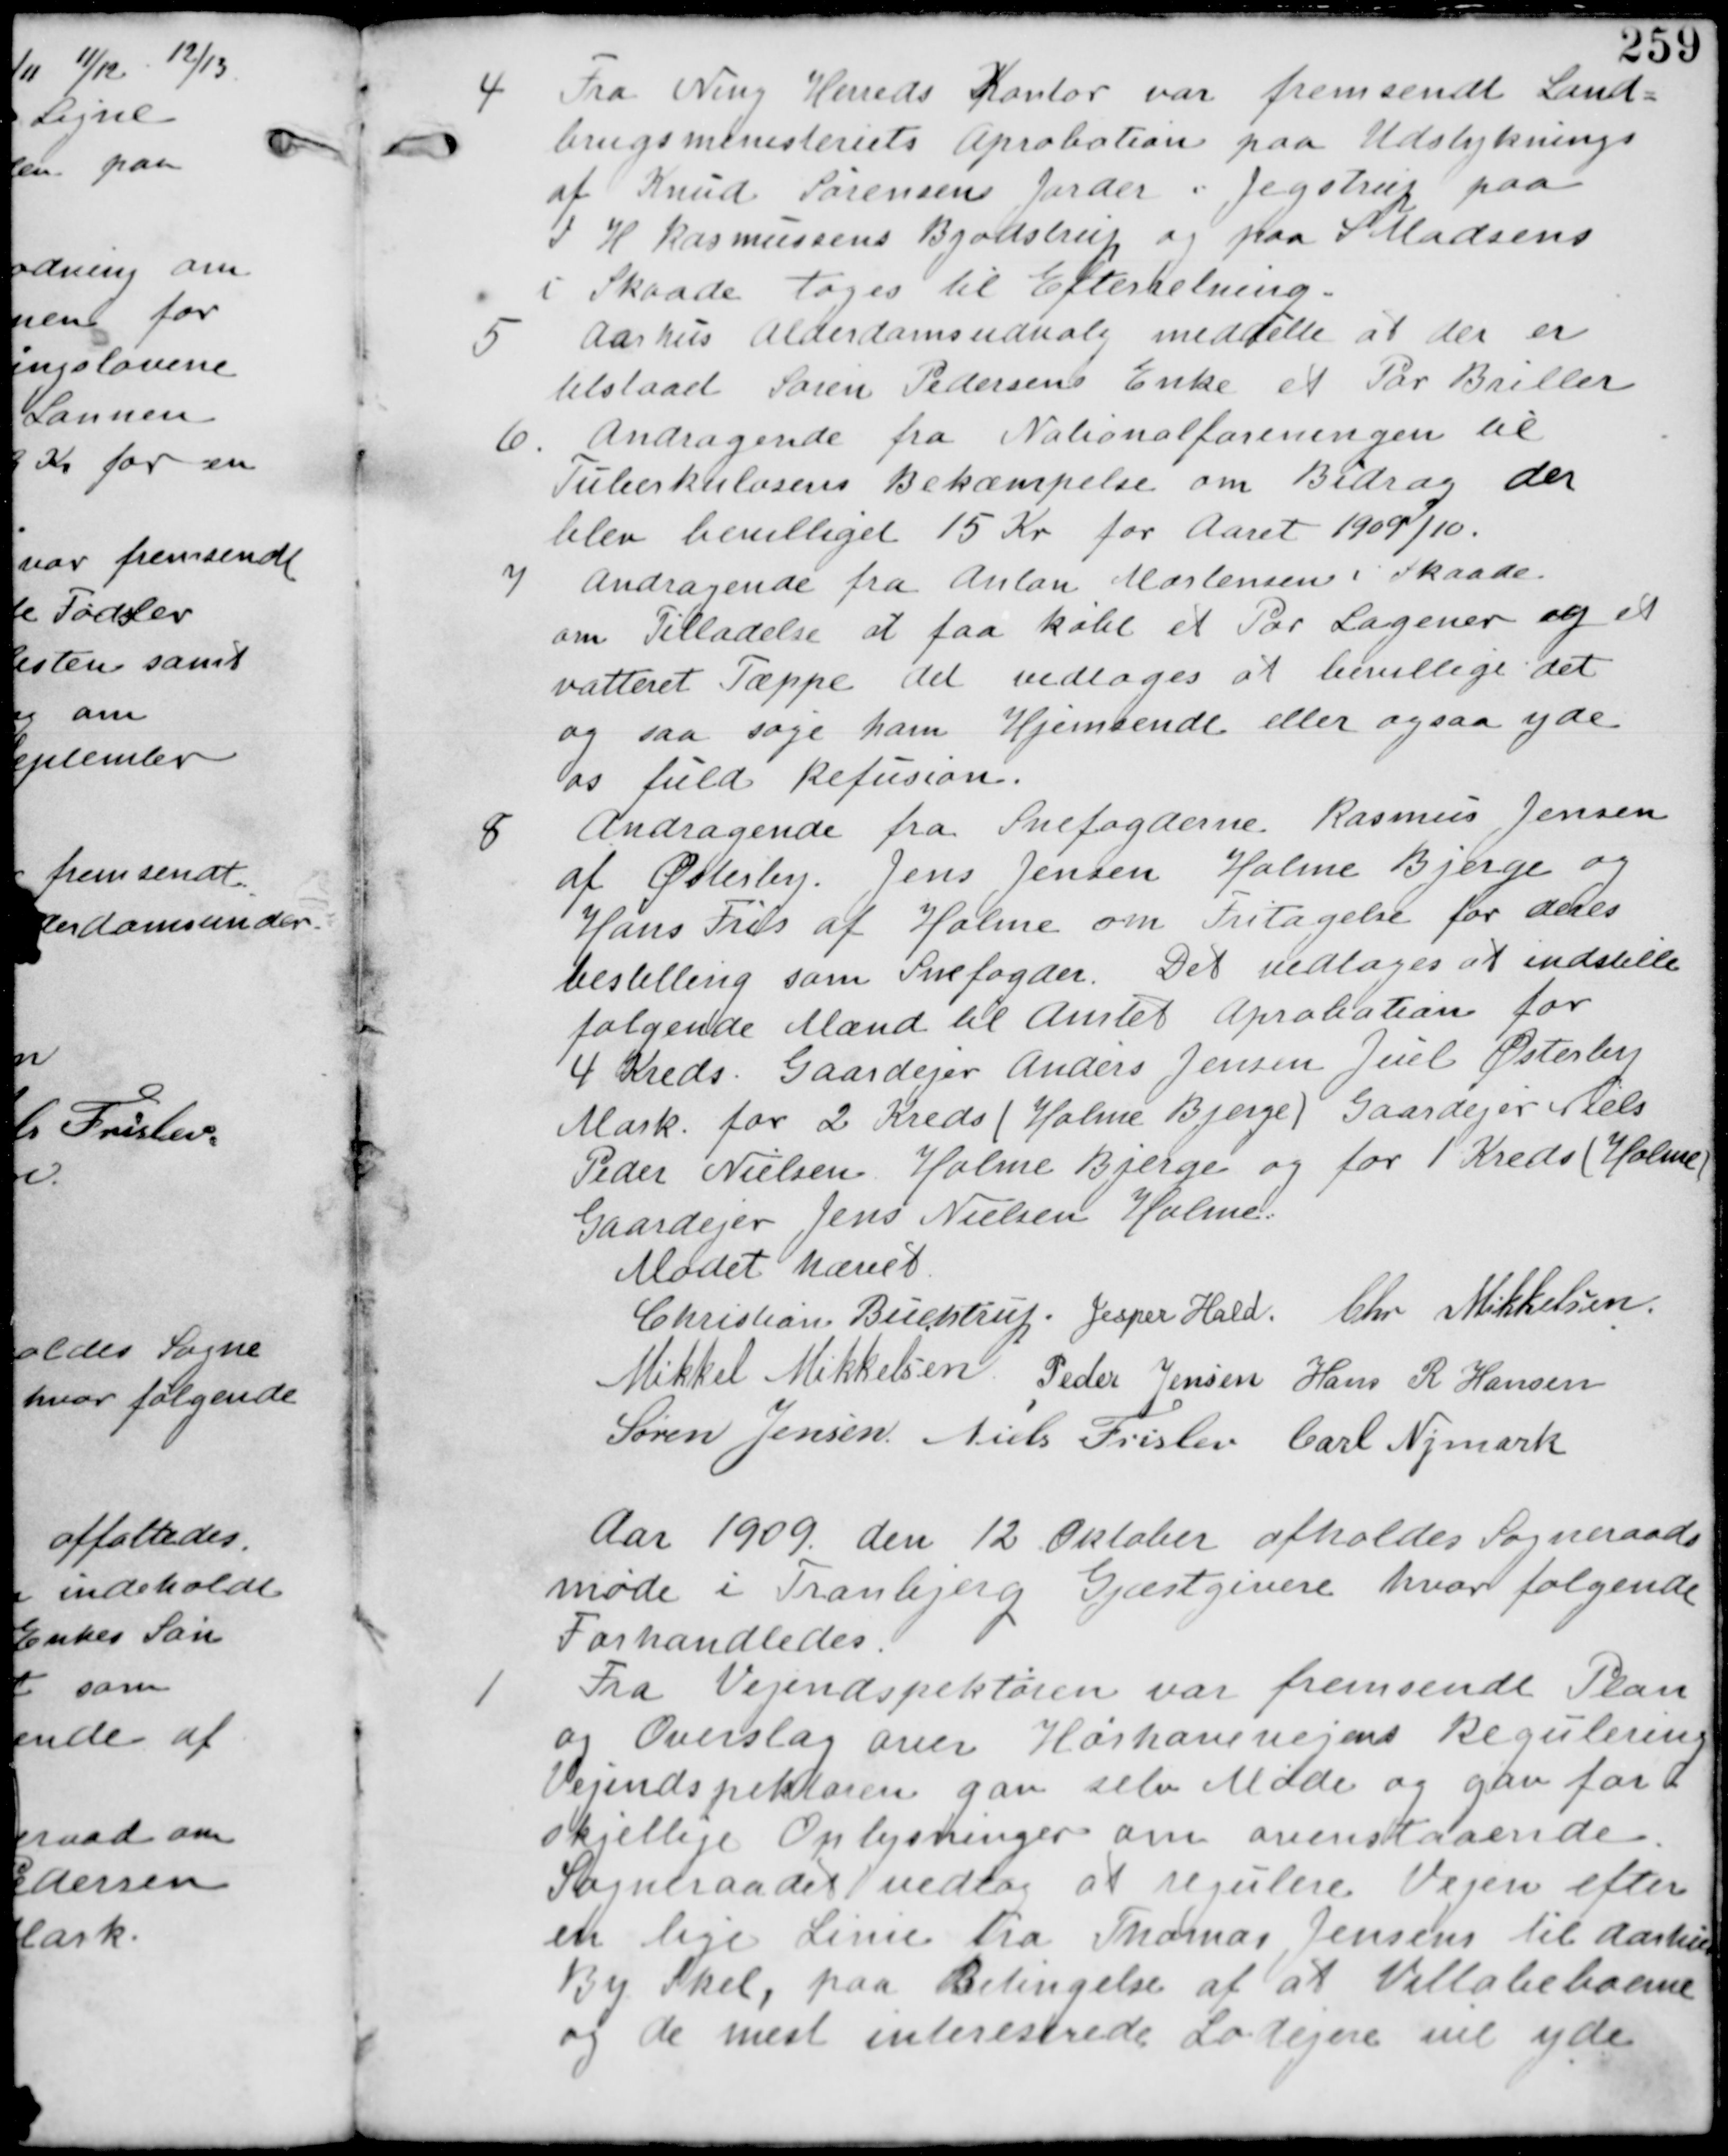
Transskription:
4
Fra Ning Herreds Kontor var fremsendt Land-
brugsministeriets Aprobation paa Udstykning
af Knud Sørensens Jorder i Jegstrup paa
I H Rasmussens Bjødstrup og paa S Madsens
i Skaade tages til Efterretning.

5 Aarhus Alderdomsudvalg meddelte at der er
tilstaaet Søren Pedersens Enke et Par Briller

6. Andragende fra Nationalforeningen til
Tuberkulosens Bekæmpelse om Bidrag der
blev bevilliget 15 Kr for Aaret 109/10.

7 Andragende fra Anton Mortensen i Skaade
om Tilladelse at faa købe et par Lagener og et
vatteret Tæppe det vedtages at bevillige det
og saa søge ham Hjemsendt eller ogsaa yde
os fuld Refusion.

8 Andragende fra Snefogederne Rasmus Jensen
af Østerby. Jens Jensen Holme Bjerge og
Hans Fries af Holme om Fritagelse for deres
bestilling som Snefogder. Det vedtages at indstille
følgende Mænd til Amtet Aprobation for
4 Kreds Gaardejer Anders Jensen Juel Østerby
Mark. for 2 Kreds (Holme Bjerge) Gaardejer Niels
Peder Nielsen Holme Bjerge og for 1 Kreds (Holme)
Gaardejer Jens Nielsen Holme

Mødet hævet
Christian Buchtrup. Jesper Hald. Chr Mikkelsen
Mikkel Mikkelsen Peder Jensen Hans R Hansen
Søren Jensen Niels Frislev Carl Nymark

Aar 1909 den 12 Oktober afholdes Sogneraads
møde i Tranbjerg Gæstgiveri hvor følgende
Forhandledes.

1
Fra Vejindspektøren var tilsendt Plan
og Overslag over Hørhavevejens Regulering
Vejindspektøren gav selv Møde og gav for
skjellige Oplysninger om ovenstaaende
Sogneraadet vedtog at regulere Vejen efter
en lige Linie fra Thomas Jensens til Aarhus
By Skel, paa Betingelse af at Villabeboerne
og de mest interesserede Lodsejere vil yde